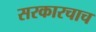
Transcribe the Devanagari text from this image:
सरकारचाच